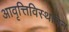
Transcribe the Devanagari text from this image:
आवृत्तिविस्थापन